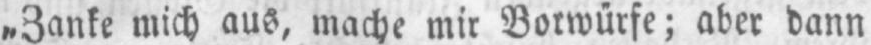
„Zanke mich aus, mache mir Vorwürfe; aber dann